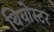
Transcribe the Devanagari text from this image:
थियोस्टर